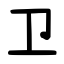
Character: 卫